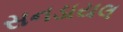
સનડાયલ